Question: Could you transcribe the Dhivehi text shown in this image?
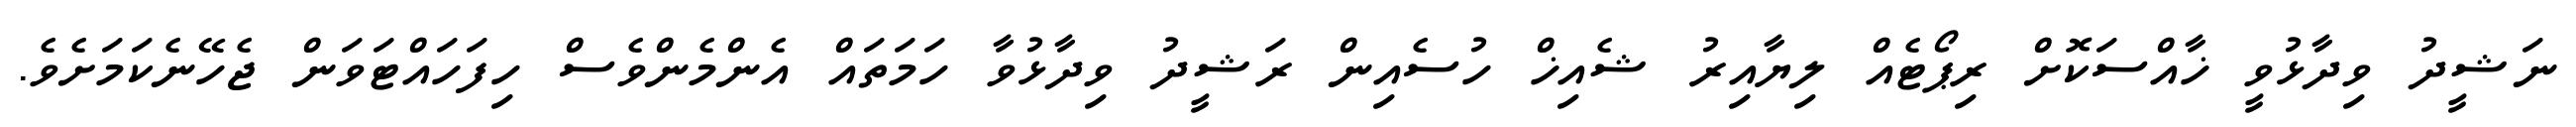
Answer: ނަޝީދު ވިދާޅުވީ ޚާއްސަކޮށް ރިޕޯޓެއް ލިޔާއިރު ޝެއިޚް ހުސެއިން ރަޝީދު ވިދާޅުވާ ހަމަތައް އެންމެންވެސް ހިފަހައްޓަވަން ޖެހޭނެކަމަށެވެ.